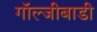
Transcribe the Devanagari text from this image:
गॉल्जीबाडी